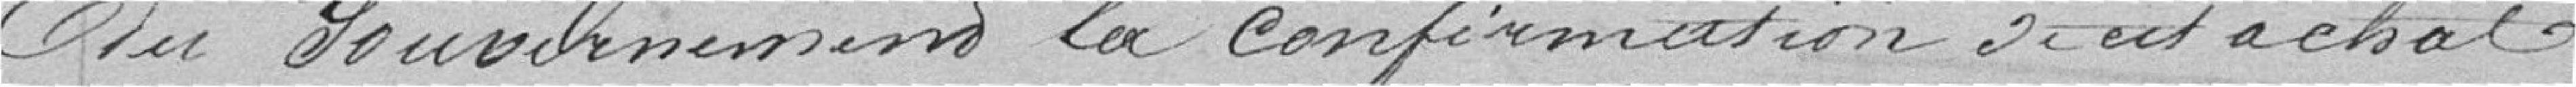
du Gouvernement la confirmation de cet achat